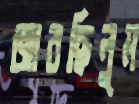
জারছিলুম